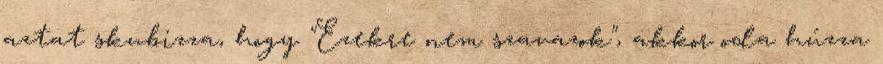
aztat skubizza, hogy "Ezekre nem szavazok", akkor oda húzza